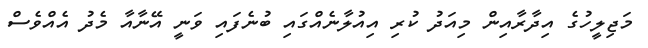
މަޖިލީހުގެ އިދާރާއިން މިއަދު ކުރި އިއުލާނެއްގައި ބުނެފައި ވަނީ އޭނާއާ މެދު އެއްވެސް